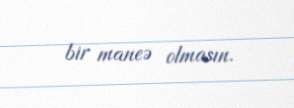
bir maneə olmasın.